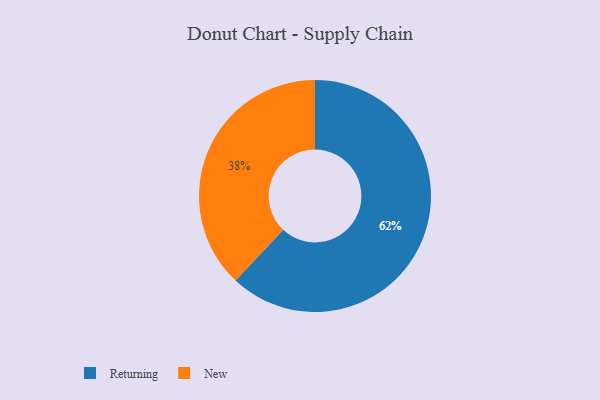
{"axis": {"x": "Category", "y": "Percentage"}, "legend": ["New", "Returning"], "data": [{"x": "Returning", "y": 62, "type": "Returning"}, {"x": "New", "y": 38, "type": "New"}]}